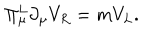
\Pi _ { \mu } ^ { L } \partial _ { \mu } V _ { R } = m V _ { L } .